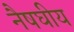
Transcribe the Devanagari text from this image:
नैषघीय